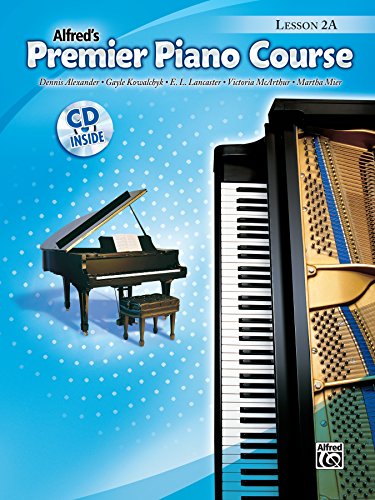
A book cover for Premier Piano Course Lesson 2a (Alfred's Premier Piano Course); E. L. Lancaster; Children's Books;